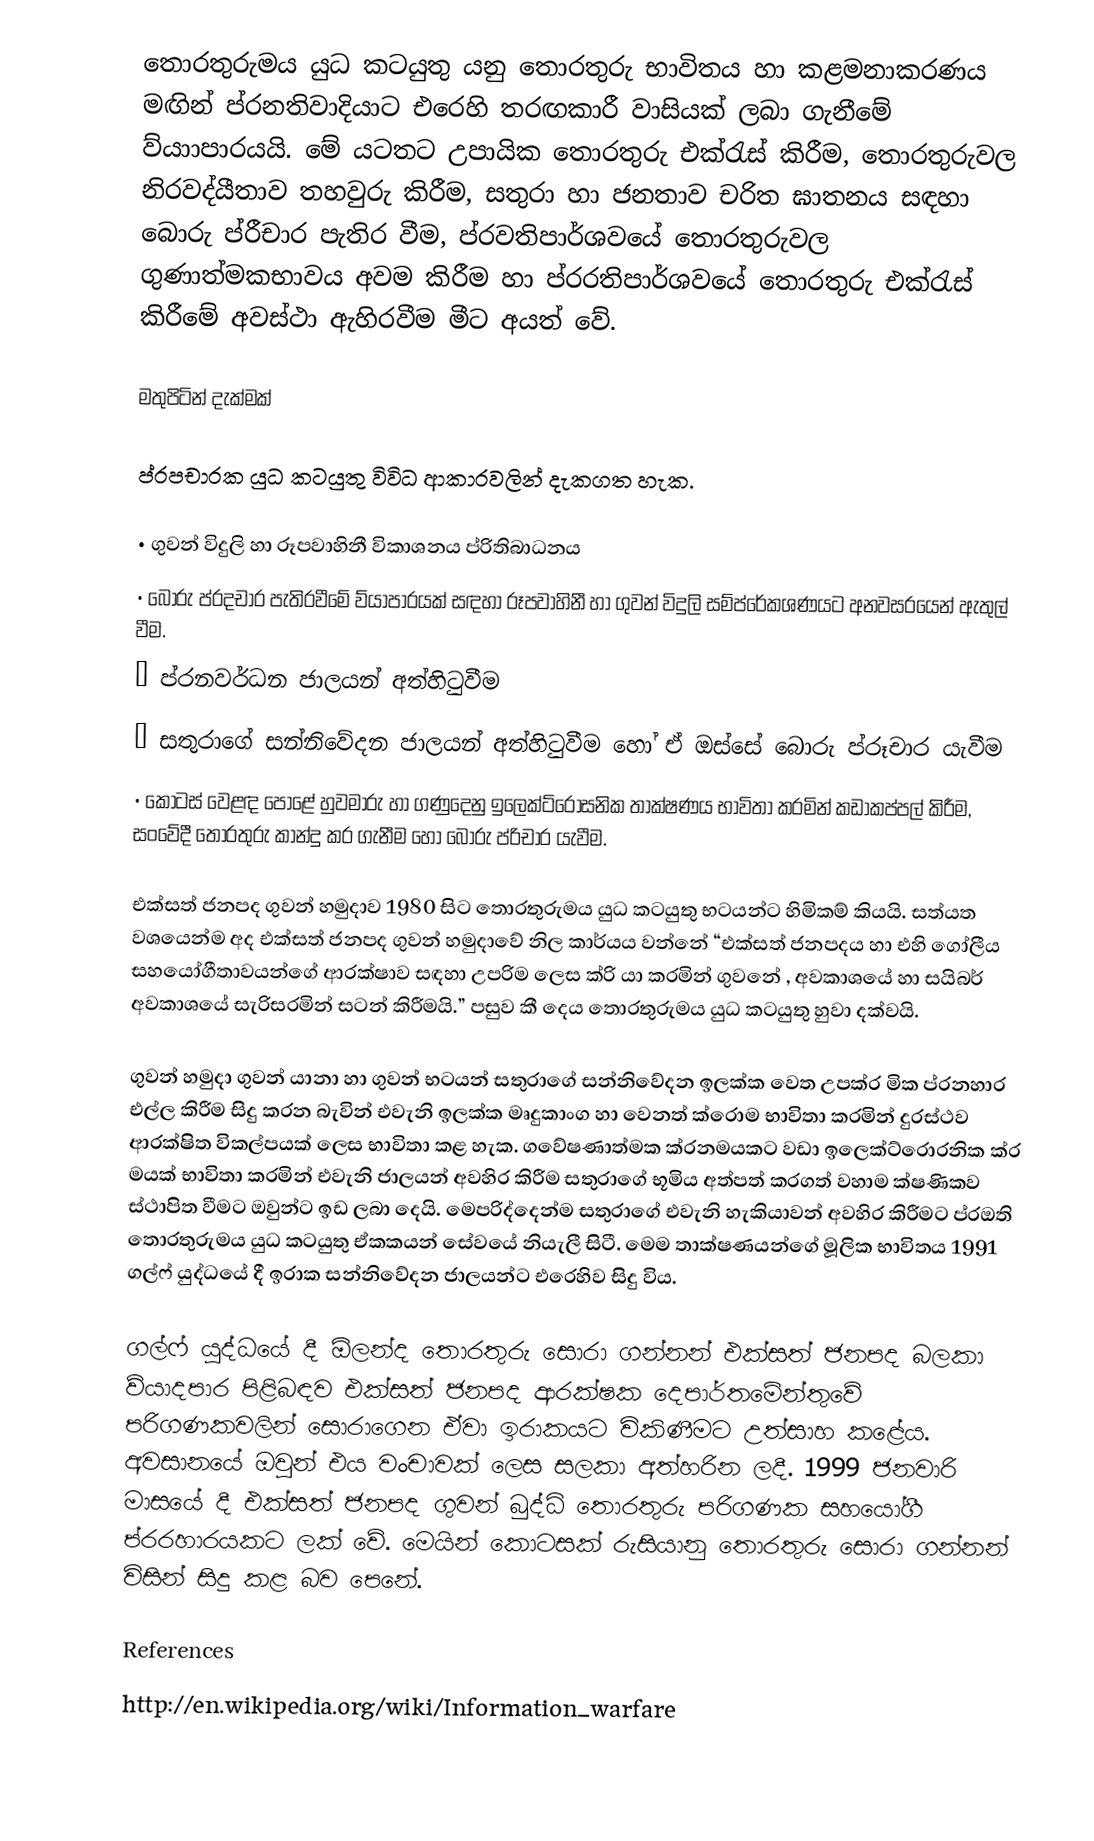
තොරතුරුමය යුධ කටයුතු යනු තොරතුරු භාවිතය හා කළමනාකරණය මඟින් ප්රනතිවාදියාට ‍එරෙහි තරඟකාරී වාසියක් ලබා ගැනීමේ ව්යාාපාරයයි. මේ යටතට උපායික ‍තොරතුරු එක්රැස් කිරීම, තොරතුරුවල නිරවද්යීතාව තහවුරු කිරීම, සතුරා හා ජනතාව චරිත ඝාතනය සඳහා ‍බොරු ප්රීචාර පැතිර වීම, ප්රවතිපාර්ශවයේ තොරතුරුවල ගුණාත්මකභාවය අවම කිරීම හා ප්රරතිපාර්ශවයේ තොරතුරු එක්රැස් කිරීමේ අවස්ථා ඇහිරවීම මීට අයත් වේ.

මතුපිටින් දැක්මක්

ප්රපචාරක යුධ කටයුතු විවිධ ආකාරවලින් දැකගත හැක.

•	ගුවන් විදුලි හා රූපවාහිනී විකාශනය ප්රිතිබාධනය
•	බොරු ප්රදචාර පැතිරවීමේ ව්යා්පාරයක් සඳහා රූපවාහිනී හා ගුවන් විදුලි සම්ප්රේකශණයට අනවසරයෙන් ඇතුල් වීම.
•	ප්රනවර්ධන ජාලයන් අත්හිටුවීම
•	සතුරාගේ සන්නිවේදන ජාලයන් අත්හිටුවීම හෝ ඒ ඔස්සේ බොරු ප්රූචාර යැවීම
•	කොටස් වෙළඳ පොළේ හුවමාරු හා ගණුදෙනු ඉලෙක්ට්රොසනික තාක්ෂණය භාවිතා කරමින් කඩාකප්පල් කිරීම, සංවේදී තොරතුරු කාන්දු කර ගැනීම හෝ බොරු ප්රිචාර යැවීම.

එක්සත් ජනපද ගුවන් හමුදාව 1980 සිට තොරතුරුමය යුධ කටයුතු භටයන්ට හිමිකම් කියයි. සත්යත වශයෙන්ම අද එක්සත් ජනපද ගුවන් හමුදාවේ නිල කාර්යය වන්නේ “එක්සත් ජනපදය හා එහි ගෝලීය සහයෝගීතාවයන්ගේ ආරක්ෂාව සඳහා උපරිම ලෙස ක්රි යා කරමින් ගුවනේ , අවකාශයේ හා සයිබර් අවකාශයේ සැරිසරමින් සටන් කිරීමයි.” පසුව කී දෙය තොරතුරුමය යුධ කටයුතු හුවා දක්වයි.

ගුවන් හමුදා ගුවන් යානා හා ගුවන් භටයන් සතුරාගේ සන්නිවේදන ඉලක්ක වෙත උපක්ර මික ප්රනහාර එල්ල කිරීම සිදු කරන බැවින් එවැනි ඉලක්ක මෘදුකාංග හා වෙනත් ක්රොම භාවිතා කරමින් දුරස්ථව ආරක්ෂිත විකල්පයක් ලෙස භාවිතා කළ හැක. ගවේෂණාත්මක ක්රනමයකට වඩා ඉලෙක්ට්රොරනික ක්ර මයක් භාවිතා කරමින් එවැනි ජාලයන් අවහිර කිරීම සතුරාගේ භූමිය අත්පත් කරගත් වහාම ක්ෂණිකව ස්ථාපිත වීමට ඔවුන්ට ඉඩ ලබා දෙයි. මෙපරිද්දෙන්ම සතුරාගේ එවැනි හැකියාවන් අවහිර කිරීමට ප්රඔති තොරතුරුමය යුධ කටයුතු ඒකකයන් සේවයේ නියැලී සිටී. මෙම තාක්ෂණයන්ගේ මූලික භාවිතය 1991 ගල්ෆ් යුද්ධයේ දී ඉරාක සන්නිවේදන ජාලයන්ට එරෙහිව සිදු විය.

ගල්ෆ් යුද්ධයේ දී ඕලන්ද තොරතුරු සොරා ගන්නන් එක්සත් ජනපද බලකා ව්යාදපාර පිළිබඳව එක්සත් ජනපද ආරක්ෂක දෙපාර්තමේන්තුවේ පරිගණකවලින් සොරාගෙන ඒවා ඉරාකයට විකිණීමට උත්සාහ කළේය. අවසානයේ ඔවුන් එය වංචාවක් ලෙස සලකා අත්හරින ලදී. 1999 ජනවාරි මාසයේ දී එක්සත් ජනපද ගුවන් බුද්ධි තොරතුරු පරිගණක සහයෝගී ප්රරහාරයකට ලක් වේ. මෙයින් ‍කොටසක් රුසියානු තොරතුරු සොරා ගන්නන් විසින් සිදු කළ බව පෙනේ.

References
http://en.wikipedia.org/wiki/Information_warfare